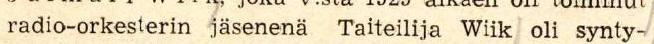
radio-orkesterin jäsenenä Taiteilija Wiik oli synty-